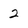
Character: 2